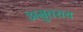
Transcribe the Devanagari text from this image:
अम्रुतराय